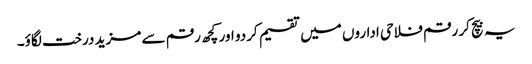
یہ بیچ کر رقم فلاحی اداروں میں تقسیم کردو اور کچھ رقم سے مزید درخت لگاؤ۔